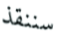
سننقذ